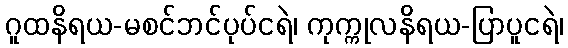
ဂူထနိရယ-မစင်ဘင်ပုပ်ငရဲ၊ ကုက္ကုလနိရယ-ပြာပူငရဲ၊